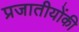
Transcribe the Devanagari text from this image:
प्रजातीयोंकी